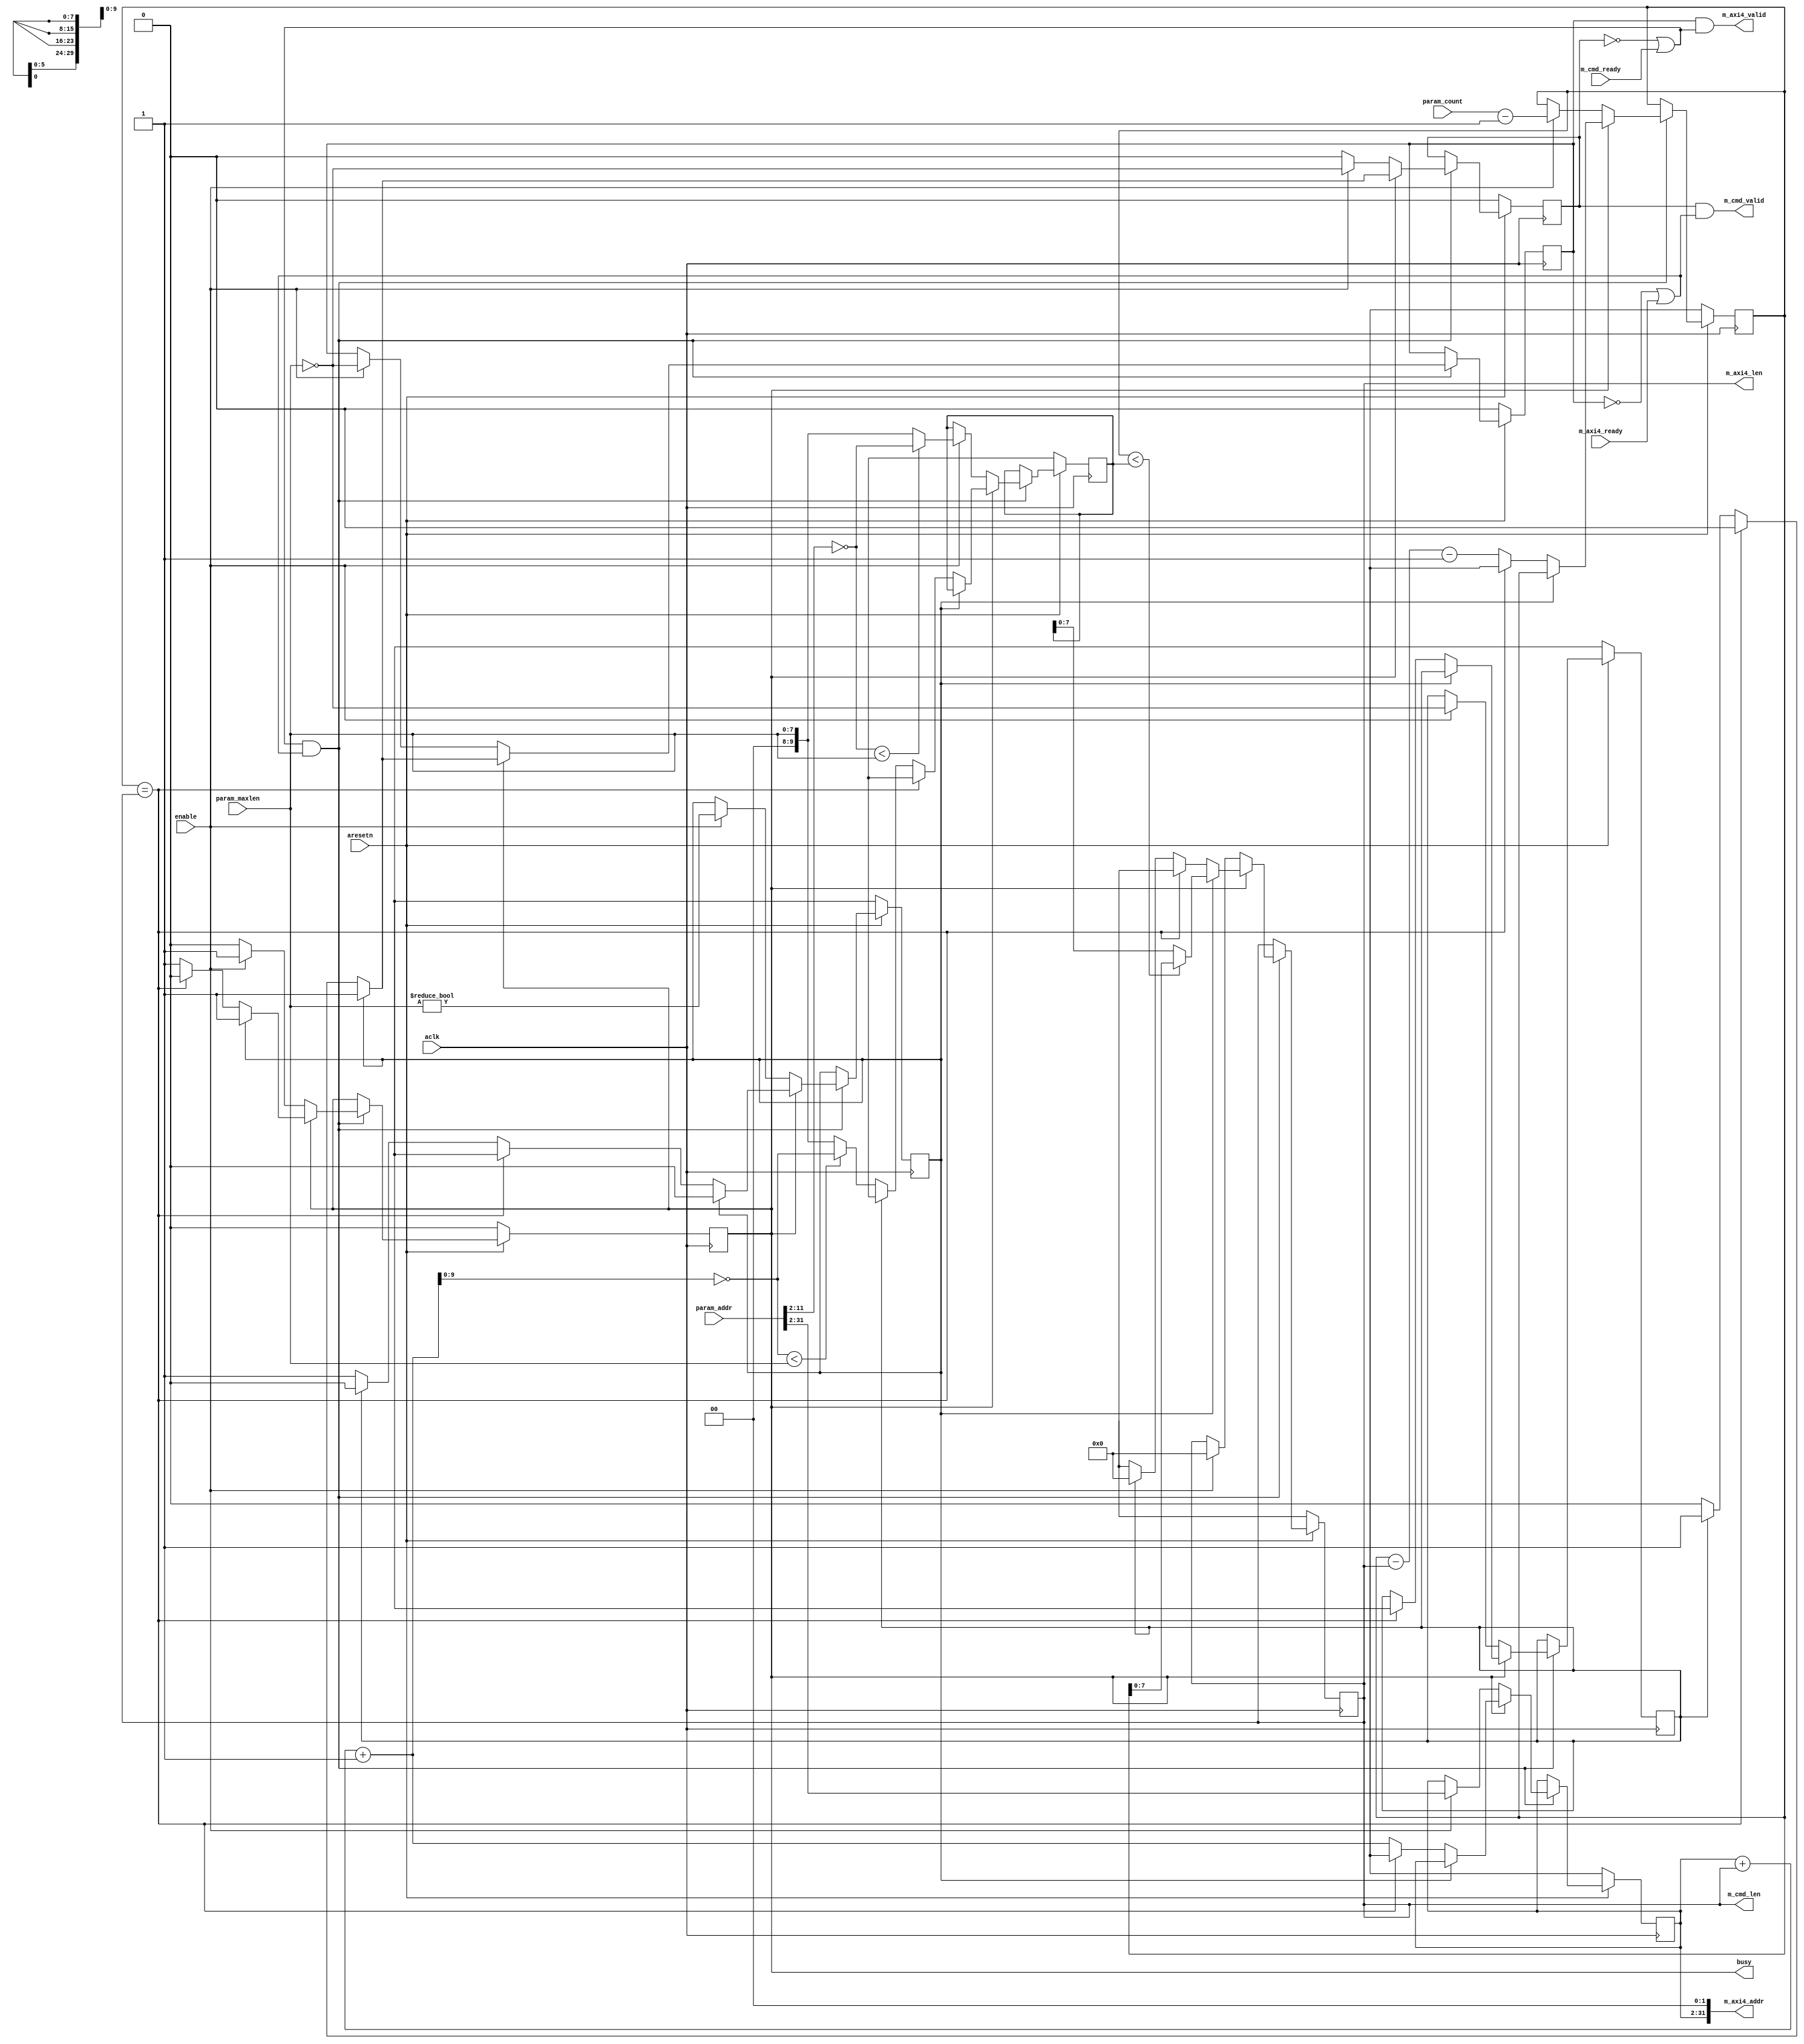
// ---------------------------------------------------------------------------
//  Jelly  -- The platform for real-time computing
//
//                                 Copyright (C) 2008-2015 by Ryuji Fuchikami
//                                 https://github.com/ryuz/jelly.git
// ---------------------------------------------------------------------------



`timescale 1ns / 1ps
`default_nettype none



//  AXI4
module jelly_axi4_dma_addr
        #(
            parameter   AXI4_ID_WIDTH    = 6,
            parameter   AXI4_ADDR_WIDTH  = 32,
            parameter   AXI4_DATA_SIZE   = 2,   // 0:8bit, 1:16bit, 2:32bit ...
            parameter   AXI4_LEN_WIDTH   = 8,
            parameter   COUNT_WIDTH      = AXI4_ADDR_WIDTH - AXI4_DATA_SIZE
        )
        (
            input   wire                            aresetn,
            input   wire                            aclk,
            
            // control
            input   wire                            enable,
            output  wire                            busy,
            
            // parameter
            input   wire    [AXI4_ADDR_WIDTH-1:0]   param_addr,
            input   wire    [COUNT_WIDTH-1:0]       param_count,
            input   wire    [AXI4_LEN_WIDTH-1:0]    param_maxlen,
            
            // commnad port
            output  wire    [AXI4_LEN_WIDTH-1:0]    m_cmd_len,
            output  wire                            m_cmd_valid,
            input   wire                            m_cmd_ready,
            
            // AXI4 command port
            output  wire    [AXI4_ADDR_WIDTH-1:0]   m_axi4_addr,
            output  wire    [AXI4_LEN_WIDTH-1:0]    m_axi4_len,
            output  wire                            m_axi4_valid,
            input   wire                            m_axi4_ready
        );
    
    wire                                        cke_cmd;
    wire                                        cke_axi4;
    wire                                        cke = (cke_cmd && cke_axi4);
    
    reg                                         reg_busy;
    reg                                         reg_single;
    reg                                         reg_setup;
    reg                                         reg_cmd_valid;
    reg     [AXI4_ADDR_WIDTH-1:AXI4_DATA_SIZE]  reg_axi4_addr;
    reg     [AXI4_LEN_WIDTH-1:0]                reg_axi4_len;
    reg     [COUNT_WIDTH-1:0]                   reg_axi4_count;
    reg     [11:AXI4_DATA_SIZE]                 reg_axi4_len4k;
    reg                                         reg_axi4_valid;
    
    wire    [COUNT_WIDTH-1:0]                   next_axi4_count = reg_axi4_count - reg_axi4_len - 1'b1; // 
    wire    [AXI4_ADDR_WIDTH-1:AXI4_DATA_SIZE]  next_axi4_addr  = reg_axi4_addr  + reg_axi4_len + 1'b1; // 
    wire    [11:AXI4_DATA_SIZE]                 next_axi4_len4k = ~next_axi4_addr[11:AXI4_DATA_SIZE];   // 4k
    
    
    always @(posedge aclk) begin
        if ( !aresetn ) begin
            reg_busy       <= 1'b0;
            reg_single     <= 1'bx;
            reg_setup      <= 1'bx;
            reg_cmd_valid  <= 1'b0;
            reg_axi4_addr  <= {(AXI4_ADDR_WIDTH-AXI4_DATA_SIZE){1'bx}};
            reg_axi4_len   <= {AXI4_LEN_WIDTH{1'bx}};
            reg_axi4_count <= {COUNT_WIDTH{1'bx}};
            reg_axi4_len4k <= {(12-AXI4_DATA_SIZE){1'bx}};
            reg_axi4_valid <= 1'b0;
        end
        else if ( cke ) begin
            reg_cmd_valid <= 1'b0;
            
            if ( !reg_busy ) begin
                if ( enable ) begin
                    reg_busy       <= 1'b1;
                    reg_single     <= (param_maxlen == 0);
                    reg_setup      <= (param_maxlen != 0);
                    reg_cmd_valid  <= (param_maxlen == 0);
                    reg_axi4_addr  <= (param_addr >> AXI4_DATA_SIZE);
                    reg_axi4_len   <= {AXI4_LEN_WIDTH{1'b0}};
                    reg_axi4_count <= param_count - 1'b1;
                    reg_axi4_len4k <= ~param_addr[11:AXI4_DATA_SIZE] < param_maxlen ? ~param_addr[11:AXI4_DATA_SIZE] : param_maxlen;
                    reg_axi4_valid <= (param_maxlen == 0);
                end
            end
            else begin
                if ( reg_setup ) begin
                    // setup length
                    reg_setup      <= 1'b0;
                    reg_cmd_valid  <= 1'b1;
                    reg_axi4_len   <= reg_axi4_count < reg_axi4_len4k ? reg_axi4_count : reg_axi4_len4k;
                    reg_axi4_valid <= 1'b1;
                end
                else begin
                    if ( reg_axi4_count == reg_axi4_len ) begin
                        // end
                        reg_busy       <= 1'b0;
                        reg_single     <= 1'bx;
                        reg_setup      <= 1'bx;
                        reg_cmd_valid  <= 1'b0;
                        reg_axi4_addr  <= {(AXI4_ADDR_WIDTH-AXI4_DATA_SIZE){1'bx}};
                        reg_axi4_len   <= {AXI4_LEN_WIDTH{1'bx}};
                        reg_axi4_count <= {COUNT_WIDTH{1'bx}};
                        reg_axi4_len4k <= {(12-AXI4_DATA_SIZE){1'bx}};
                        reg_axi4_valid <= 1'b0;
                    end
                    else if ( reg_single ) begin
                        // single access
                        reg_setup      <= 1'b0;
                        reg_cmd_valid  <= 1'b1;
                        reg_axi4_addr  <= next_axi4_addr;
                        reg_axi4_len   <= {AXI4_LEN_WIDTH{1'b0}};
                        reg_axi4_count <= next_axi4_count;
                        reg_axi4_len4k <= {(12-AXI4_DATA_SIZE){1'bx}};
                        reg_axi4_valid <= 1'b1;
                    end
                    else begin
                        reg_setup       <= 1'b1;
                        reg_cmd_valid   <= 1'b0;
                        reg_axi4_addr   <= next_axi4_addr;
                        reg_axi4_len    <= {AXI4_LEN_WIDTH{1'bx}};
                        reg_axi4_count  <= next_axi4_count;
                        reg_axi4_len4k  <= next_axi4_len4k < param_maxlen ? next_axi4_len4k : param_maxlen;
                        reg_axi4_valid  <= 1'b0;
                    end
                end
            end
        end
    end

    assign cke_cmd  = (!reg_cmd_valid  || m_cmd_ready);
    assign cke_axi4 = (!reg_axi4_valid || m_axi4_ready);
        
    assign busy         = reg_busy;
    
    assign m_cmd_len    = reg_axi4_len;
    assign m_cmd_valid  = reg_cmd_valid & cke_axi4;
    
    assign m_axi4_addr  = {reg_axi4_addr, {AXI4_DATA_SIZE{1'b0}}};
    assign m_axi4_len   = reg_axi4_len;
    assign m_axi4_valid = reg_axi4_valid & cke_cmd;
    
endmodule


`default_nettype wire


// end of file